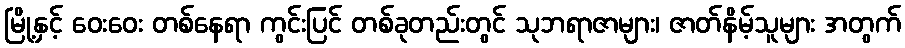
မြို့နှင့် ဝေးဝေး တစ်နေရာ ကွင်းပြင် တစ်ခုတည်းတွင် သုဘရာဇာများ၊ ဇာတ်နိမ့်သူများ အတွက်